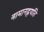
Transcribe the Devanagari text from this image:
नामानह्वयति